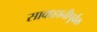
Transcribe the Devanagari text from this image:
सावध्हानीपूर्वक